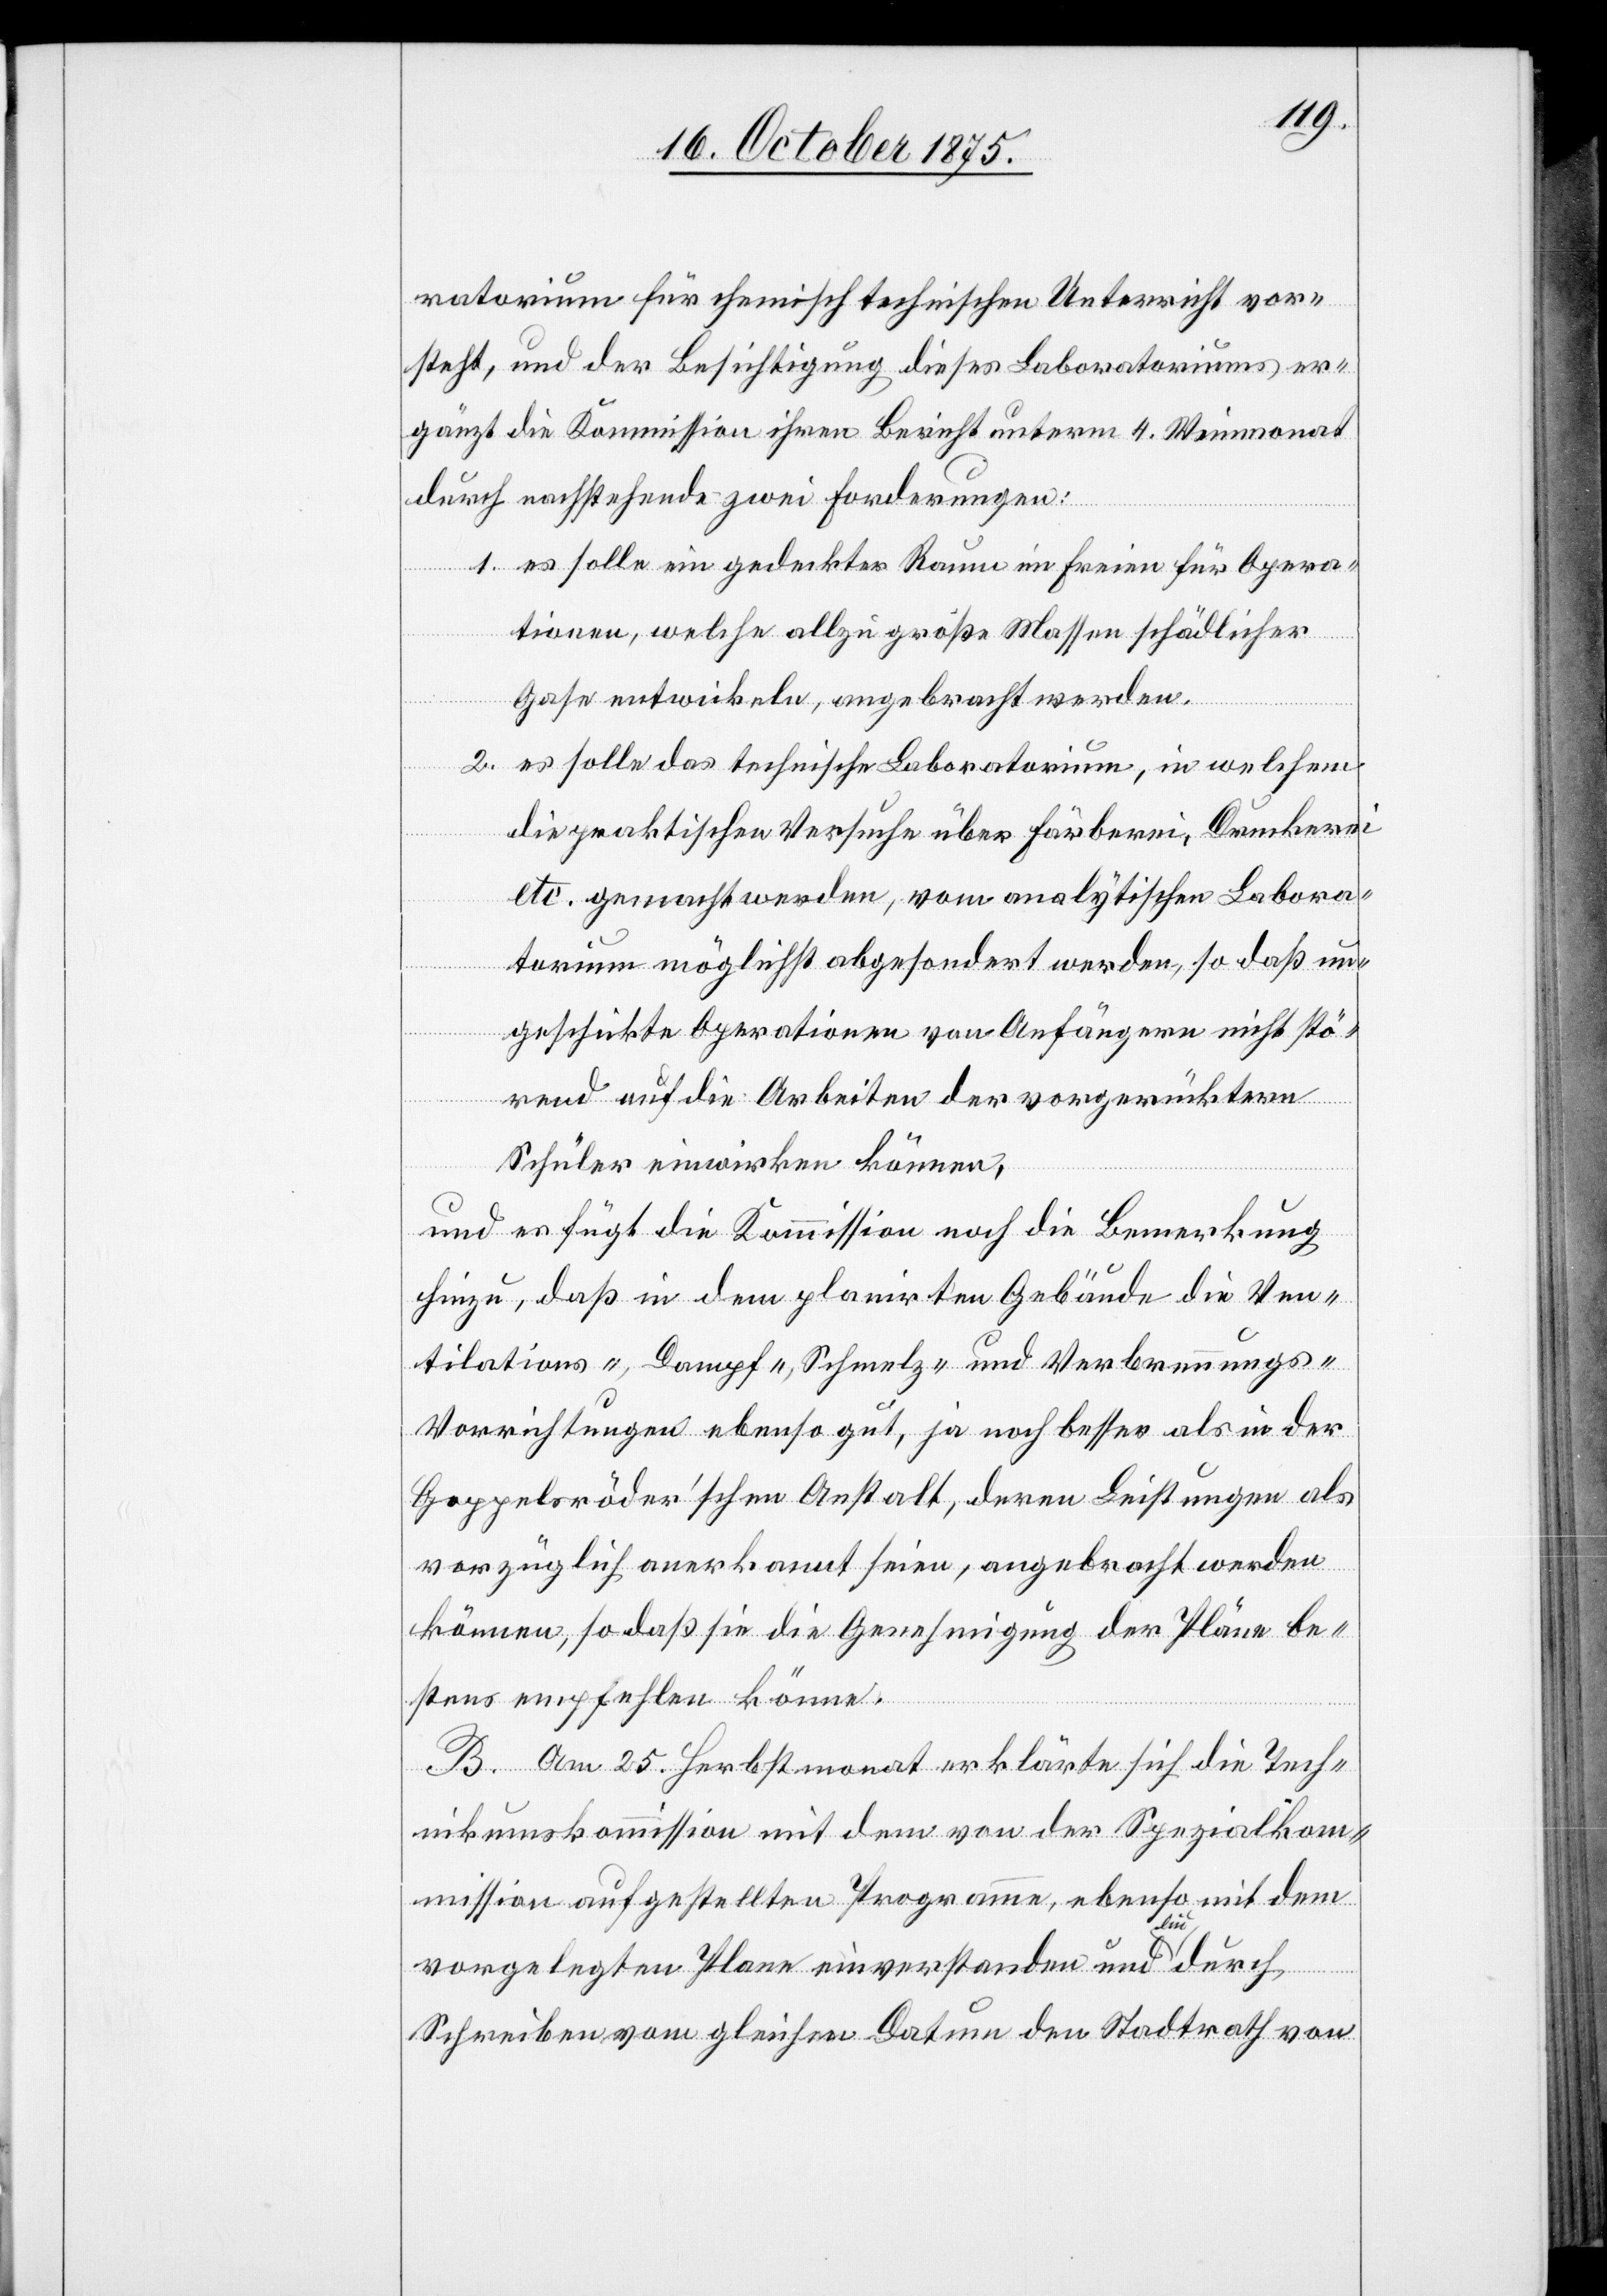
ratorium für chemisch technischen Unterricht vor¬
steht, und der Besichtigung dieses Laboratoriums er¬
gänzt die Kommission ihren Bericht unterm 4. Weinmonat
durch nachstehende zwei Forderungen:
1. es solle ein gedeckter Raum im Freien für Opera¬
tionen, welche allzu große Massen schädlicher
Gase entwickeln, angebracht werden.
2. es solle das technische Laboratorium, in welchem
die praktischen Versuche über Färberei, Druckerei
etc. gemacht werden, vom analytischen Labora¬
torium möglichst abgesondert werden, so daß un¬
geschickte Operationen von Anfängern nicht stö¬
rend auf die Arbeiten der vorgerücktern
Schüler einwirken können,
und es fügt die Kommission noch die Bemerkung
hinzu, daß in dem planirten Gebäude die Ven¬
tilations-, Dampf-, Schmelz- und Verbrennungs-V¬
orrichtungen ebenso gut, ja noch besser als in der
Goppelsröder’schen Anstalt, deren Leistungen als
vorzüglich anerkannt seien, angebracht werden
können, so daß sie die Genehmigung der Pläne be¬
stens empfehlen könne.
B. Am 25. Herbstmonat erklärte sich die Tech¬
nikumskommission mit dem von der Spezialkom¬
mission aufgestellten Programme, ebenso mit dem
vorgelegten Plane einverstanden und lud durch
Schreiben vom gleichen Datum den Stadtrath von